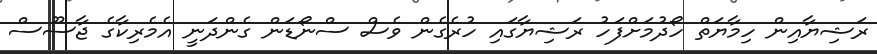
ރަޝިޔާއިން ހިމާޔަތް ހޯދުމަށްފަހު ރަޝިޔާގައި ހުރެގެން ވެސް ސްނޯޑަން ގެންދަނީ އެމެރިކާގެ ޖާސޫސް